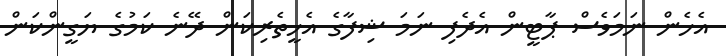
އެހެން ނަމަވެސް ޕާޓީން އެދެފި ނަމަ ޝިފާގެ އެހީތެރިކަން ދޭނެ ކަމުގެ ޔަގީންކަން